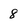
Character: 8